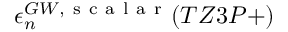
\epsilon _ { n } ^ { G W , \mathrm { ~ s ~ c ~ a ~ l ~ a ~ r ~ } } ( T Z 3 P + )